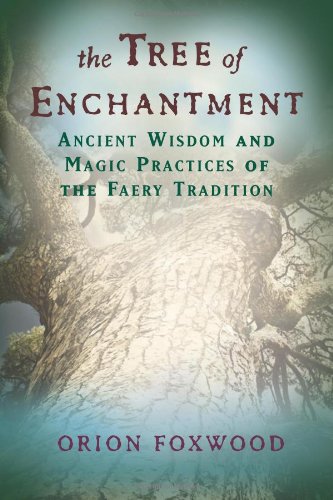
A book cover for Tree of Enchantment: Ancient Wisdom and Magic Practices of the Faery Tradition; Orion Foxwood; Religion & Spirituality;